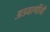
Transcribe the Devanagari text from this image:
अडवाणींची